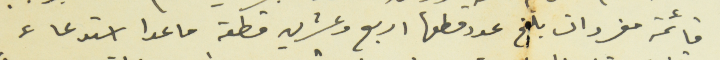
قائمة مفردات بلغ عدد قطعها اربع وعشرين قطعة ما عدا استدعاء